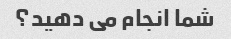
شما انجام می دهید؟